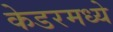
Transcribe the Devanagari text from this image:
केडरमध्ये